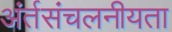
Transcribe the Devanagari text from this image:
अंर्तसंचलनीयता